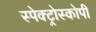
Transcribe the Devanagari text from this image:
स्‍पेक्‍ट्रोस्‍कोपी